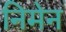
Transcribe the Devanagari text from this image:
निमेन